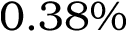
0 . 3 8 \%